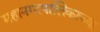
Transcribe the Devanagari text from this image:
महानगरपालिकाच्या